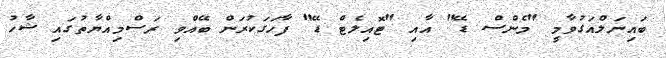
ބައިނަލްއަގުވާމީ "މެންސް ޑޭ" އާއި "ޓޮއިލެޓް ޑޭ" ފާހަގަކުރަން ބޭއްވި ރަސްމިއްޔާތުގައި ޝާހު